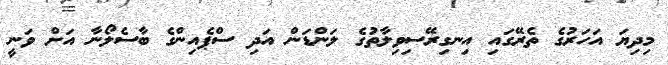
މިދިޔަ އަހަރުގެ ތެރޭގައި އިނގިރޭސިވިލާތުގެ ލަންޑަން އަދި ސްޕެއިންގެ ބާސެލޯނާ އަށް ވަނީ